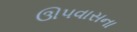
ઊપવાસના